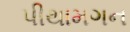
પીથામગન